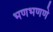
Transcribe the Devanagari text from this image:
भणभणणे